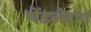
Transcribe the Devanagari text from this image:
पेंडलेटण